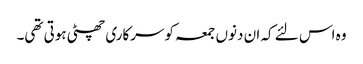
وہ اس لئے کہ ان دنوں جمعہ کوسرکاری چھٹی ہوتی تھی۔